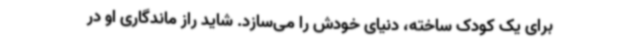
برای یک کودک ساخته،‌ دنیای خودش را می‌سازد. شاید راز ماندگاری او در